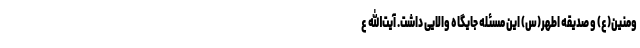
ومنین(ع) و صدیقه اطهر(س) این مسئله جایگاه والایی داشت. آیت‌الله ع